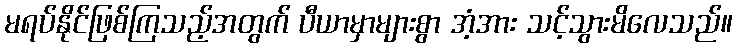
မရပ်နိုင်ဖြစ်ကြသည့်အတွက် ပီယာမှာများစွာ အံ့အား သင့်သွားမိလေသည်။